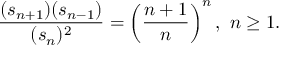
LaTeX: { \frac { ( s _ { n + 1 } ) ( s _ { n - 1 } ) } { ( s _ { n } ) ^ { 2 } } } = \left( { \frac { n + 1 } { n } } \right) ^ { n } , ~ n \geq 1 .